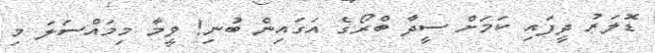
ޑޮލަރު ދީފައި ކަމަށް ސީދާ ބްރޯގެ އަގައިން ބުނި! ވީމާ މިމައްސަލަ މި